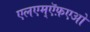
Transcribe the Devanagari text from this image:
एलएम्ऍफ़एओ